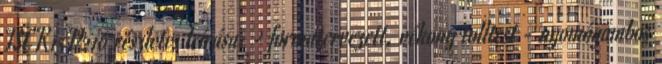
TSCK15V216 részletes leírása: - formatervezett, vékony tolltest - nyomógombos